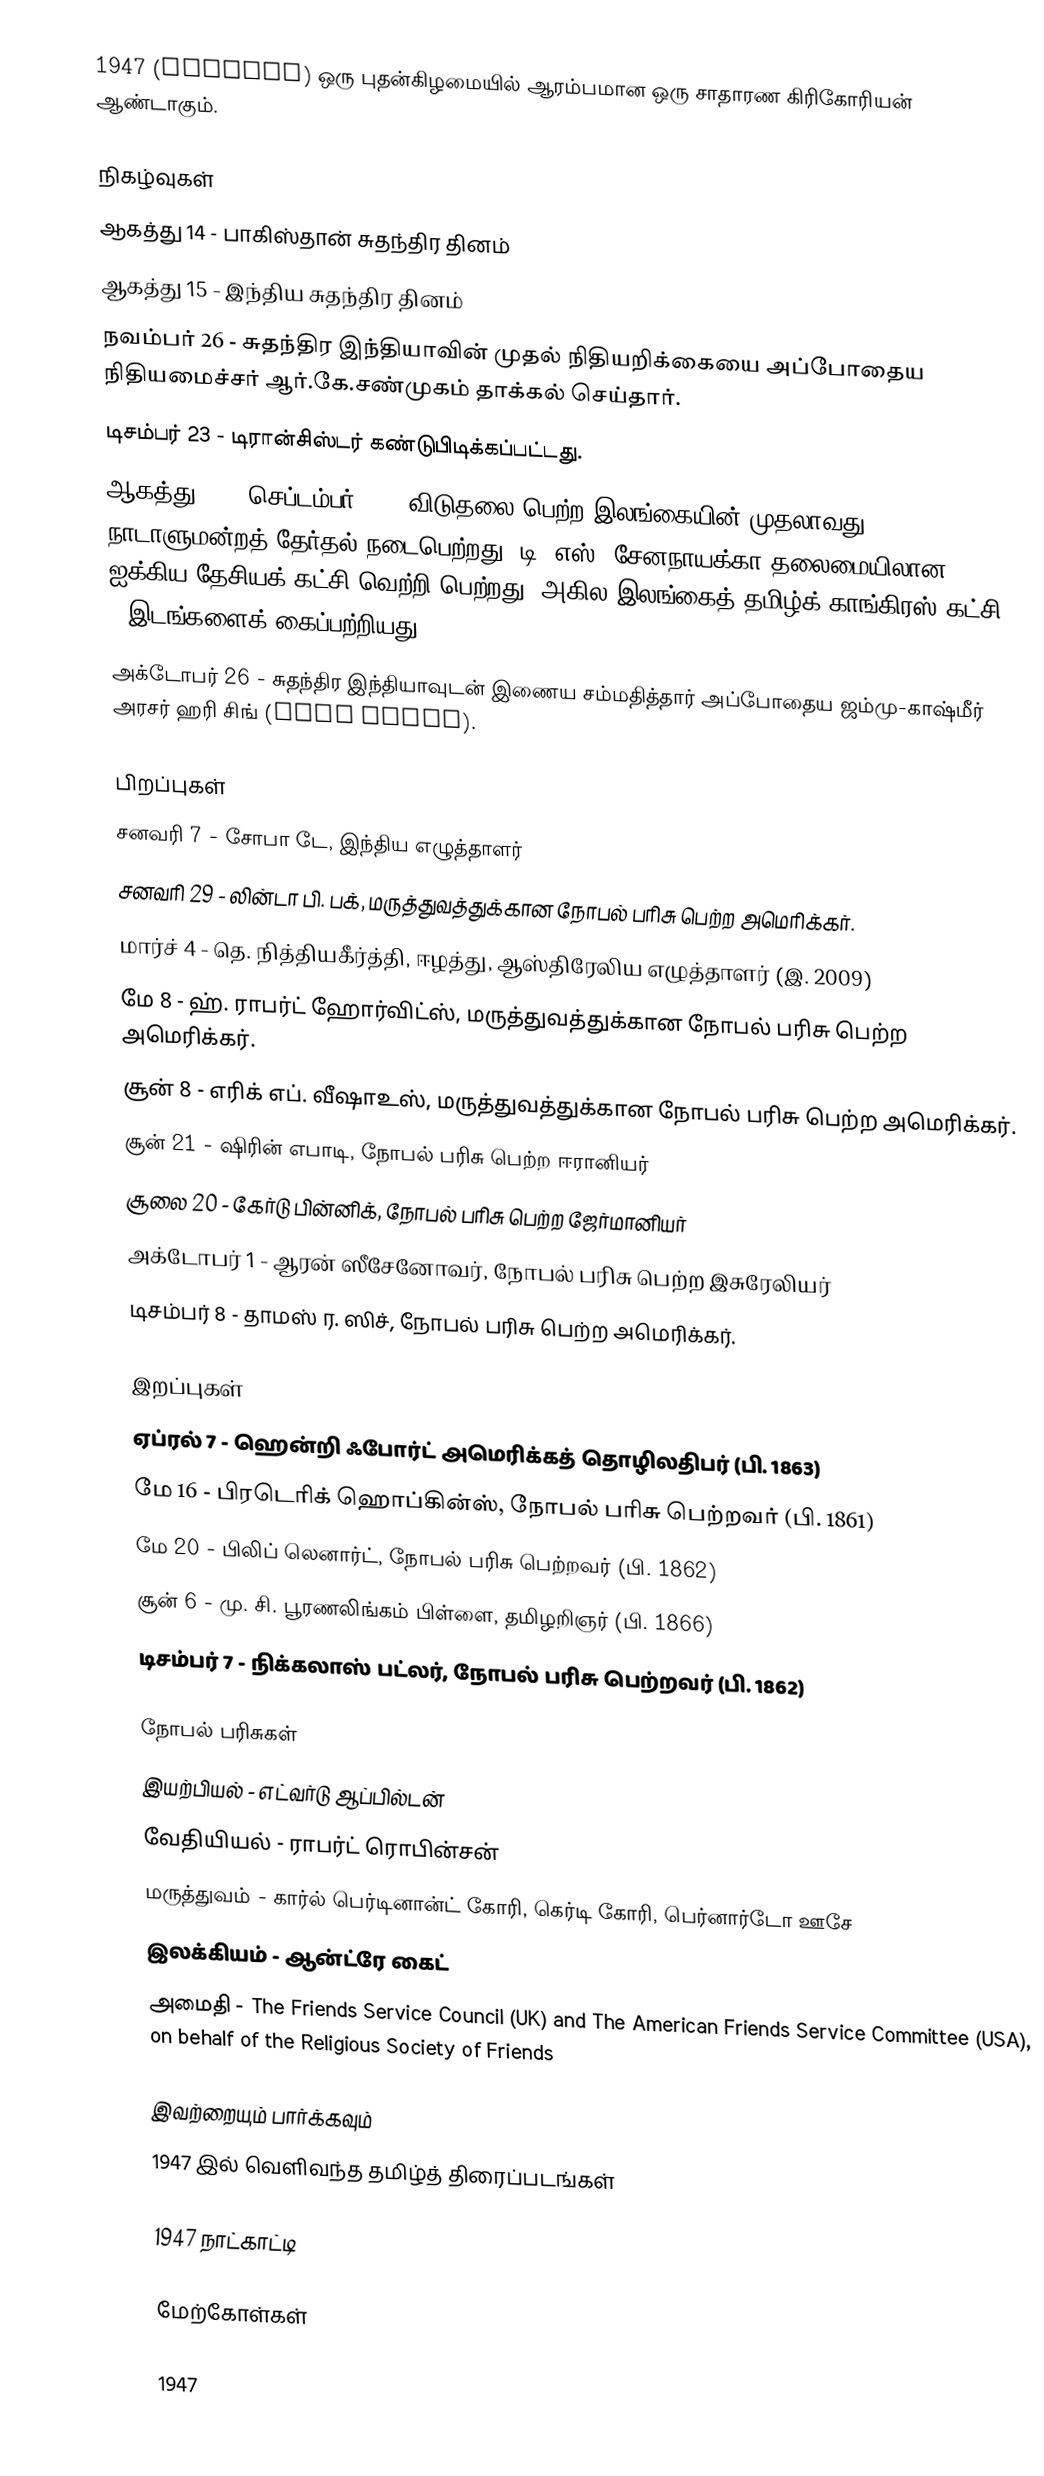
1947  (MCMXLII) ஒரு புதன்கிழமையில் ஆரம்பமான ஒரு சாதாரண கிரிகோரியன் ஆண்டாகும்.

நிகழ்வுகள்
 ஆகத்து 14 - பாகிஸ்தான் சுதந்திர தினம்
 ஆகத்து 15 - இந்திய சுதந்திர தினம்
 நவம்பர் 26 - சுதந்திர இந்தியாவின் முதல் நிதியறிக்கையை அப்போதைய நிதியமைச்சர் ஆர்.கே.சண்முகம் தாக்கல் செய்தார்.
 டிசம்பர் 23 - டிரான்சிஸ்டர் கண்டுபிடிக்கப்பட்டது.
 ஆகத்து 23 - செப்டம்பர் 20 - விடுதலை பெற்ற இலங்கையின் முதலாவது நாடாளுமன்றத் தேர்தல் நடைபெற்றது, டி. எஸ். சேனநாயக்கா தலைமையிலான ஐக்கிய தேசியக் கட்சி வெற்றி பெற்றது. அகில இலங்கைத் தமிழ்க் காங்கிரஸ் கட்சி 7 இடங்களைக் கைப்பற்றியது.
 அக்டோபர் 26 - சுதந்திர இந்தியாவுடன் இணைய சம்மதித்தார் அப்போதைய ஜம்மு-காஷ்மீர் அரசர் ஹரி சிங் (Hari Singh).

பிறப்புகள்
 சனவரி 7 - சோபா டே, இந்திய எழுத்தாளர்
 சனவரி 29 - லின்டா பி. பக், மருத்துவத்துக்கான நோபல் பரிசு பெற்ற அமெரிக்கர்.
 மார்ச் 4 - தெ. நித்தியகீர்த்தி, ஈழத்து, ஆஸ்திரேலிய எழுத்தாளர் (இ. 2009)
 மே 8 - ஹ். ராபர்ட் ஹோர்விட்ஸ், மருத்துவத்துக்கான நோபல் பரிசு பெற்ற அமெரிக்கர்.
 சூன் 8 - எரிக் எப். வீஷாஉஸ், மருத்துவத்துக்கான நோபல் பரிசு பெற்ற அமெரிக்கர்.
 சூன் 21 - ஷிரின் எபாடி, நோபல் பரிசு பெற்ற ஈரானியர்
 சூலை 20 - கேர்டு பின்னிக், நோபல் பரிசு பெற்ற ஜேர்மானியர்
 அக்டோபர் 1 - ஆரன் ஸீசேனோவர், நோபல் பரிசு பெற்ற இசுரேலியர்
 டிசம்பர் 8 - தாமஸ் ர. ஸிச், நோபல் பரிசு பெற்ற அமெரிக்கர்.

இறப்புகள்
 ஏப்ரல் 7 - ஹென்றி ஃபோர்ட் அமெரிக்கத் தொழிலதிபர் (பி. 1863)
 மே 16 - பிரடெரிக் ஹொப்கின்ஸ், நோபல் பரிசு பெற்றவர் (பி. 1861)
 மே 20 - பிலிப் லெனார்ட், நோபல் பரிசு பெற்றவர் (பி. 1862)
 சூன் 6 - மு. சி. பூரணலிங்கம் பிள்ளை, தமிழறிஞர் (பி. 1866)
 டிசம்பர் 7 - நிக்கலாஸ் பட்லர், நோபல் பரிசு பெற்றவர் (பி. 1862)

நோபல் பரிசுகள்
 இயற்பியல் - எட்வர்டு ஆப்பில்டன்
 வேதியியல் - ராபர்ட் ரொபின்சன்
 மருத்துவம் - கார்ல் பெர்டினான்ட் கோரி, கெர்டி கோரி, பெர்னார்டோ ஊசே
 இலக்கியம் - ஆன்ட்ரே கைட்
 அமைதி - The Friends Service Council (UK) and The American Friends Service Committee (USA), on behalf of the Religious Society of Friends

இவற்றையும் பார்க்கவும்
 1947 இல் வெளிவந்த தமிழ்த் திரைப்படங்கள்

1947 நாட்காட்டி

மேற்கோள்கள்

1947